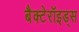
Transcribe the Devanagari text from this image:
बैक्टेरॉइड्स